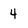
Character: 4